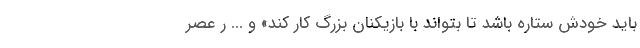
باید خودش ستاره باشد تا بتواند با بازیکنان بزرگ کار کند» و ... ر عصر